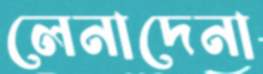
লেনাদেনা